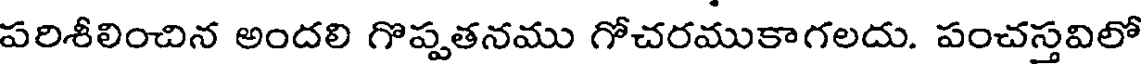
పరిశీలించిన అందలి గొప్పతనము గోచరముకాగలదు. పంచస్తవిలో